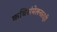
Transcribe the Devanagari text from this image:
कविसंमेलनातही